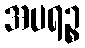
အပရဉ္စ